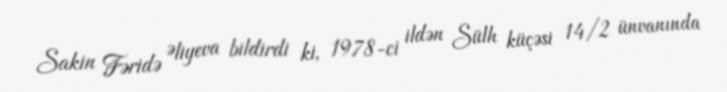
Sakin Fəridə Əliyeva bildirdi ki, 1978-ci ildən Sülh küçəsi 14/2 ünvanında